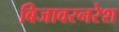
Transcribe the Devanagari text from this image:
बिजावरनरेश